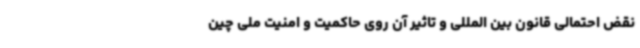
نقض احتمالی قانون بین المللی و تاثیر آن روی حاکمیت و امنیت ملی چین